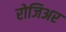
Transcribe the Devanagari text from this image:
रोजिअर